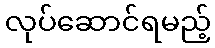
လုပ်ဆောင်ရမည့်